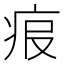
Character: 𤵧